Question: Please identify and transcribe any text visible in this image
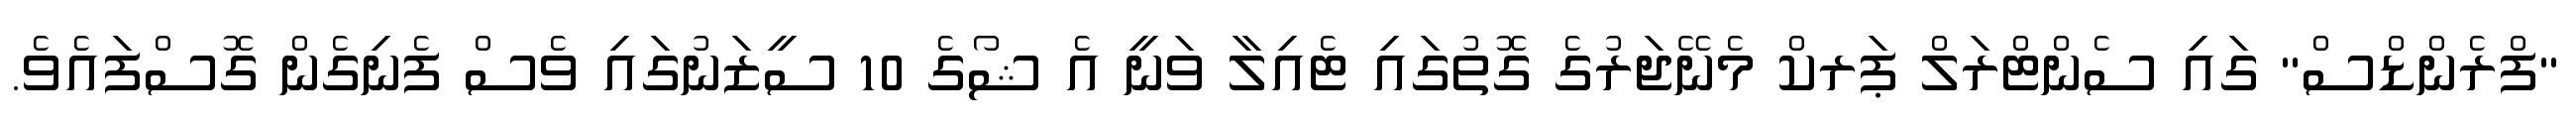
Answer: "ފްރެންޑްސް" ގައި ސެންޓްރަލް ޕަރކް މެނޭޖަރުގެ ގޮތުގައި ޓެއިލާ ވަނީ އެ ޝޯގެ 10 ސީޒަނުގައި ވެސް ފެނިގެން ގޮސްފައެވެ.